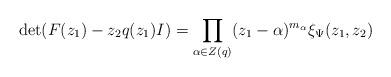
LaTeX: \begin{align*} \det(F(z_1)-z_2q(z_1)I)=\prod_{\alpha\in Z(q)}(z_1-\alpha)^{m_\alpha}\xi_\Psi(z_1,z_2) \end{align*}